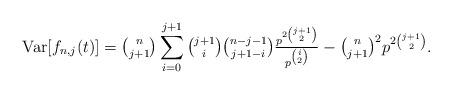
LaTeX: \begin{align*}{{\rm{Var}}}[f_{n, j }(t)] = \tbinom{n}{j + 1}\sum_{i = 0}^{j + 1}\tbinom{j + 1}{i} \tbinom{n - j - 1}{j + 1 - i} \tfrac{p^{2 \binom{j + 1}{2}}}{p^{\binom{i}{2}}} - \tbinom{n}{j + 1}^2 p^{2 \binom{j + 1}{2}}.\end{align*}